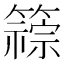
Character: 𫂦